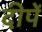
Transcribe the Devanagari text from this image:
दीपें